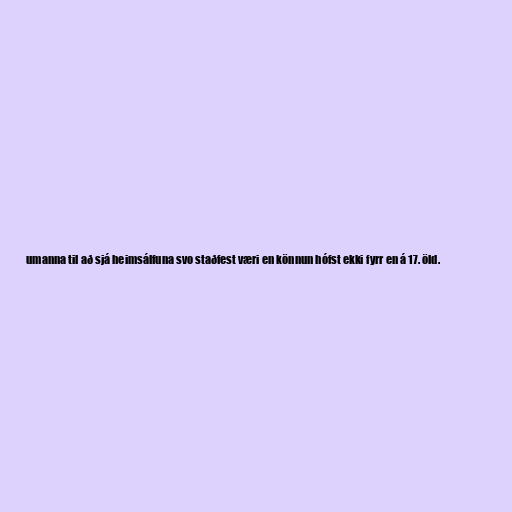
umanna til að sjá heimsálfuna svo staðfest væri en könnun hófst ekki fyrr en á 17. öld.